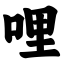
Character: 哩